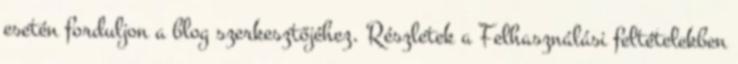
esetén forduljon a blog szerkesztőjéhez. Részletek a Felhasználási feltételekben